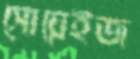
সোয়েইজ